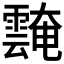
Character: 𩅝